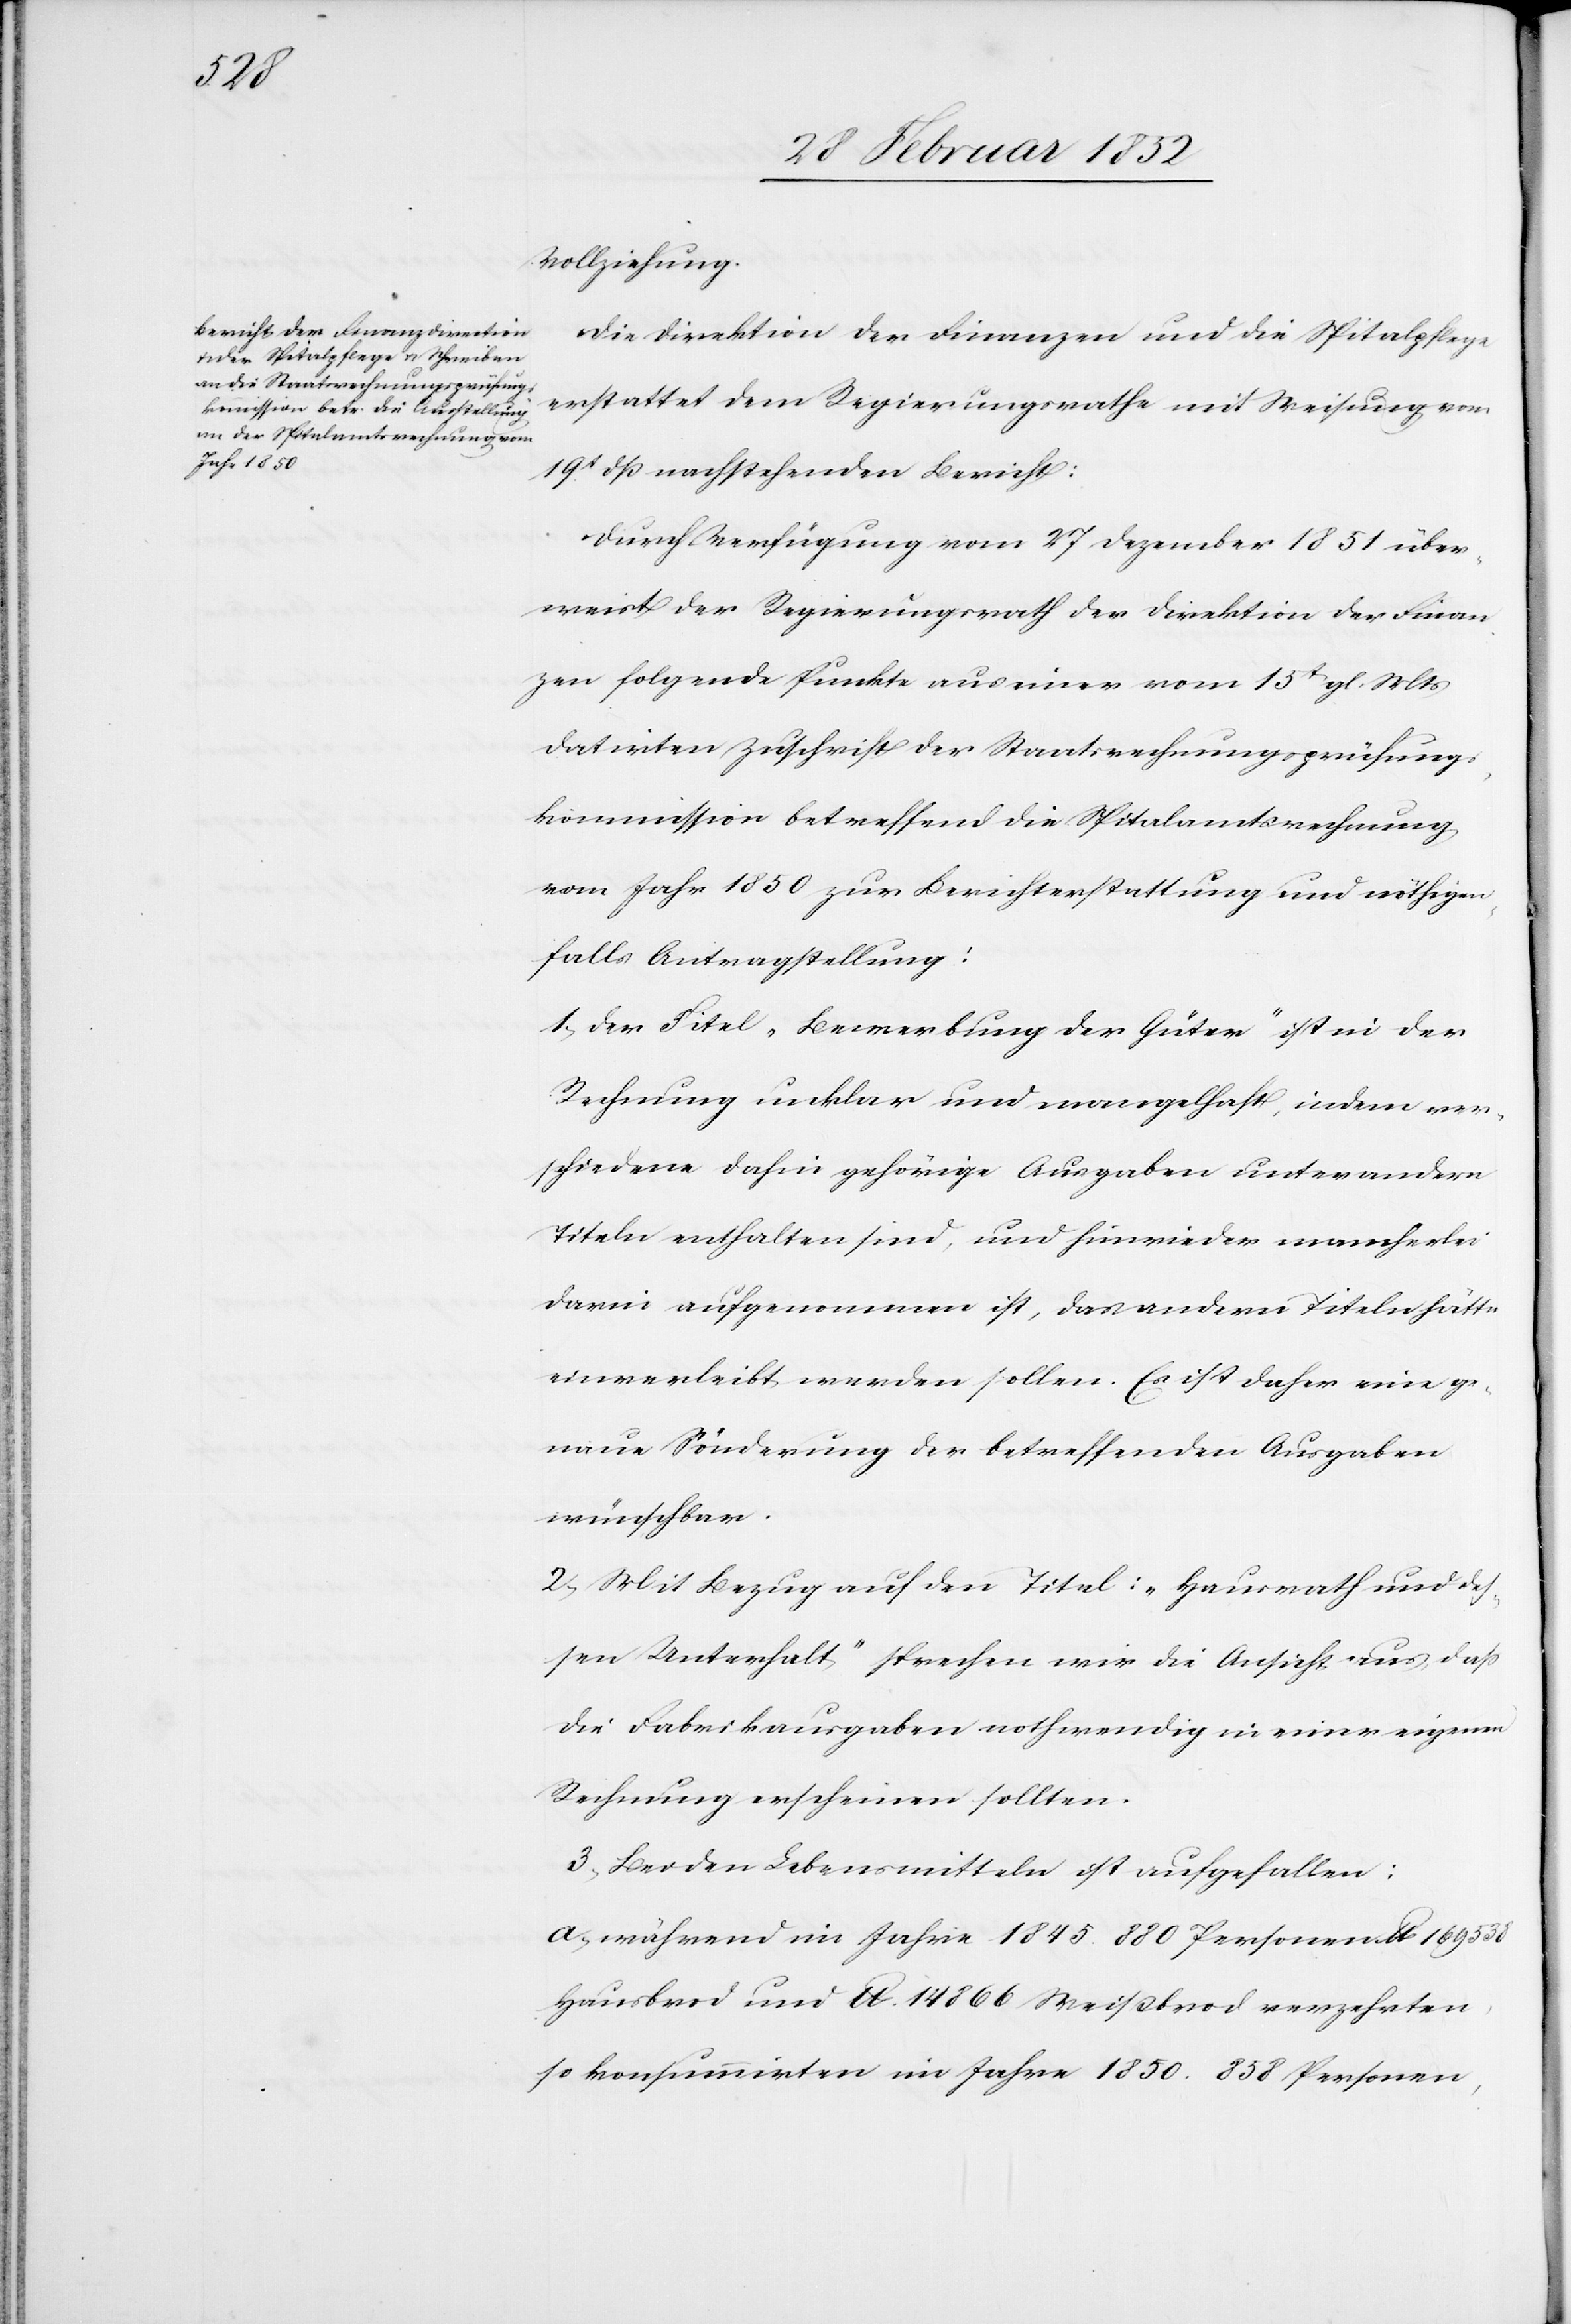
Vollziehung.
Die Direktion der Finanzen und die Spitalpflege
erstattet dem Regierungsrathe mit Weisung vom
19t dß nachstehenden Bericht:
Durch Verfügung vom 27 Dezember 1851 über¬
weist der Regierungsrath der Direktion der Finan¬
zen folgende Punkte aus einer vom 15t gl. Mts
datirten Zuschrift der Staatsrechnungsprüfungs¬
kommission betreffend die Spitalamtsrechnung
vom Jahr 1850 zur Berichterstattung und nöthigen¬
falls Antragstellung:
1.) Der Titel „Bewerbung der Güter“ ist in der
Rechnung unklar und mangelhaft, indem ver¬
schiedene dahin gehörige Ausgaben unter andern
Titeln enthalten sind, und hinwieder mancherlei
darin aufgenommen ist, das andern Titeln hätte
einverleibt werden sollen. Es ist daher eine ge¬
naue Sönderung der betreffenden Ausgaben
wünschbar.
2.) Mit Bezug auf den Titel: „Hausrath und des¬
sen Unterhalt“ sprechen wir die Ansicht aus, daß
die Fabrikausgaben nothwendig in einer eigenen
Rechnung erscheinen sollen.
3.) Bei den Lebensmitteln ist aufgefallen:
a.) während im Jahr 1845 880 Personen lb 169 538
Hausbrod und lb. 14 866 Weißbrod verzehrten,
so konsumirten im Jahre 1850. 858 Personen,